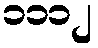
၁၁၁၂